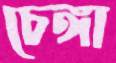
চেঙ্গা